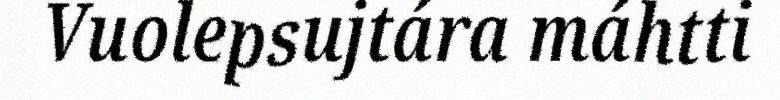
Vuolepsujtára máhtti